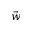
\vec { w }